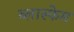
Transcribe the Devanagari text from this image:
ब्लास्फेम